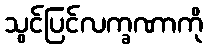
သွင်ပြင်လက္ခဏာကို